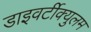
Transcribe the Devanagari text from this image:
डाइवर्टीक्युलम